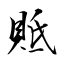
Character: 貾